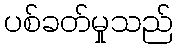
ပစ်ခတ်မှုသည်